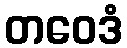
တဝေဒံ